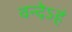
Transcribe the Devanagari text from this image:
वन्देऽहं